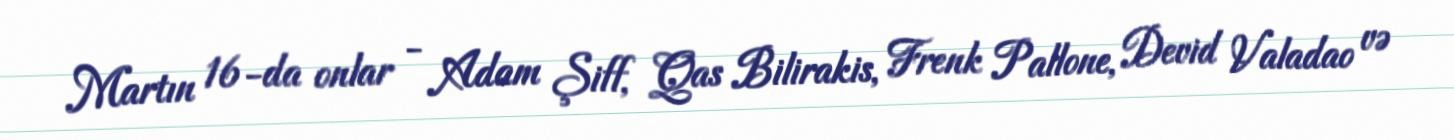
Martın 16-da onlar - Adam Şiff, Qas Bilirakis, Frenk Pallone, Devid Valadao və